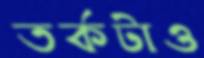
তর্কটাও